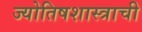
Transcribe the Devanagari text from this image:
ज्योतिषशास्त्राची